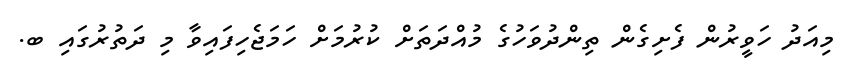
މިއަދު ހަވީރުން ފެށިގެން ތިންދުވަހުގެ މުއްދަތަށް ކުރުމަށް ހަމަޖެހިފައިވާ މި ދަތުރުގައި ބ.